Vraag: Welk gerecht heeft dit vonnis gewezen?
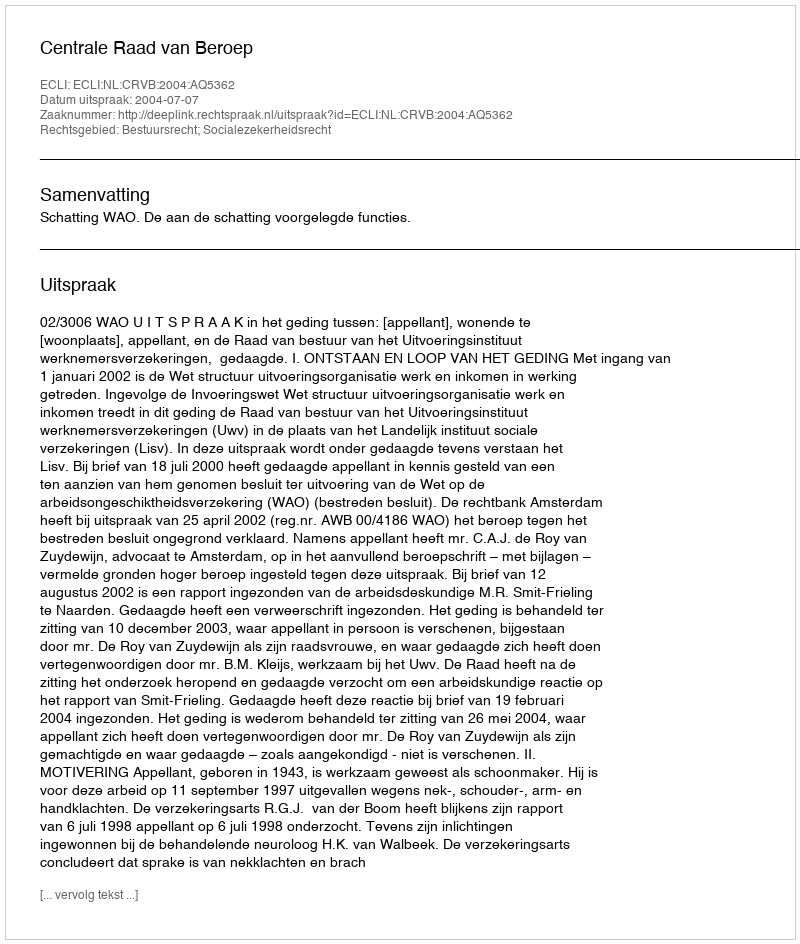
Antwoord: Centrale Raad van Beroep